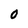
Character: 0